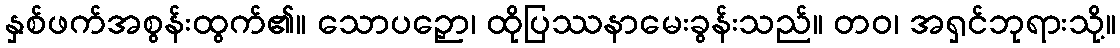
နှစ်ဖက်အစွန်းထွက်၏။ သောပဉှော၊ ထိုပြဿနာမေးခွန်းသည်။ တဝ၊ အရှင်ဘုရားသို့။